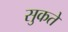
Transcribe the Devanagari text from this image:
सुकते